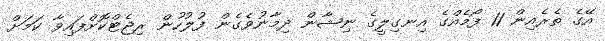
އޭގެ ތެރެއިން 11 ފޯމެއްގެ އިނގިލީގެ ނިޝާން ދިމާނުވެގެން ފުލުހުން ރިޖެޓްކޮށްފައިވާ ކަމަށް